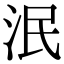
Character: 泯